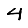
Digit: 4